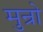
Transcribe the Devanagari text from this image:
मुन्रो